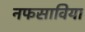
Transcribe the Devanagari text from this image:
नफसाविया